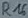
Text: R16